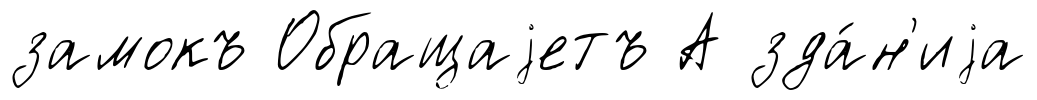
замокъ Обращаjетъ А зда́н'иjа